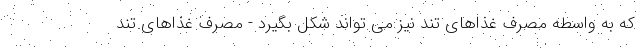
که به واسطه مصرف غذاهای تند نیز می تواند شکل بگیرد - مصرف غذاهای تند